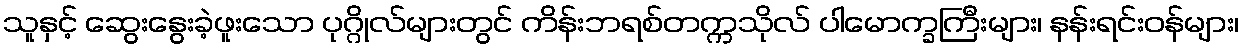
သူနှင့် ဆွေးနွေးခဲ့ဖူးသော ပုဂ္ဂိုလ်များတွင် ကိန်းဘရစ်တက္ကသိုလ် ပါမောက္ခကြီးများ၊ နန်းရင်းဝန်များ၊